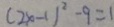
( 2 x - 1 ) ^ { 2 } - 9 = 1